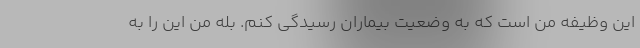
این وظیفه من است که به وضعیت بیماران رسیدگی کنم. بله من این را به